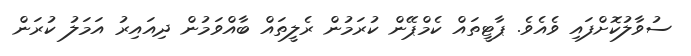
ސުވާލުކޮށްފައި ވެއެވެ. ޕާޓީތައް ކެމްޕޭން ކުރަމުން ރެލީތައް ބާއްވަމުން ދިއައިރު އަމަލު ކުރަން